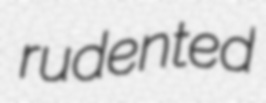
rudented